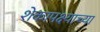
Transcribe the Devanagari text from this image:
शेकापक्ष्याच्या